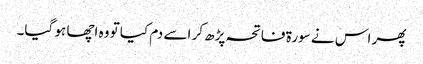
پھر اس نے سورۃ فاتحہ پڑھ کر اسے دم کیا تو وہ اچھا ہو گیا۔